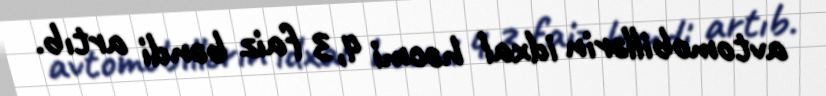
avtomobillərin idxal həcmi 4,3 faiz bəndi artıb.